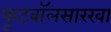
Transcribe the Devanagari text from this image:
फूटबॉलसारखा